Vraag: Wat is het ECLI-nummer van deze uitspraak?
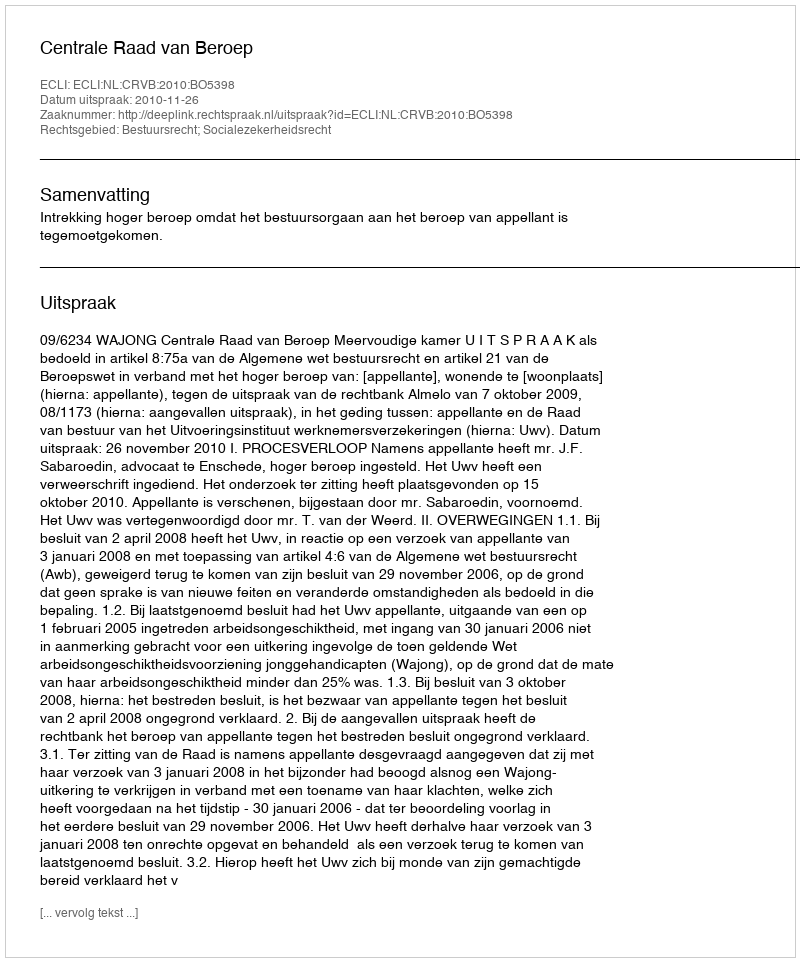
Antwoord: ECLI:NL:CRVB:2010:BO5398